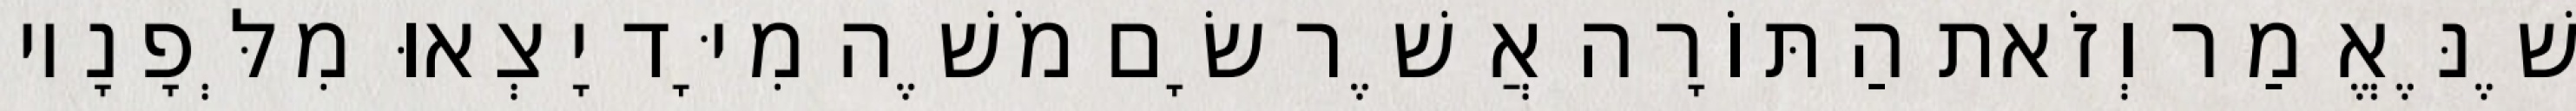
שֶׁנֶּאֱמַר וְזֹאת הַתּוֹרָה אֲשֶׁר שָׂם מֹשֶׁה מִיָּד יָצְאוּ מִלְּפָנָיו